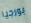
بورجيا